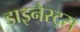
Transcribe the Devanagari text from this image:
डाइनैस्ट्स